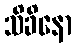
သိခိနော